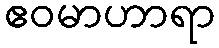
ဧဝမာဟာရာ